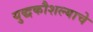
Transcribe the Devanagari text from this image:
युद्धकौशल्याचे